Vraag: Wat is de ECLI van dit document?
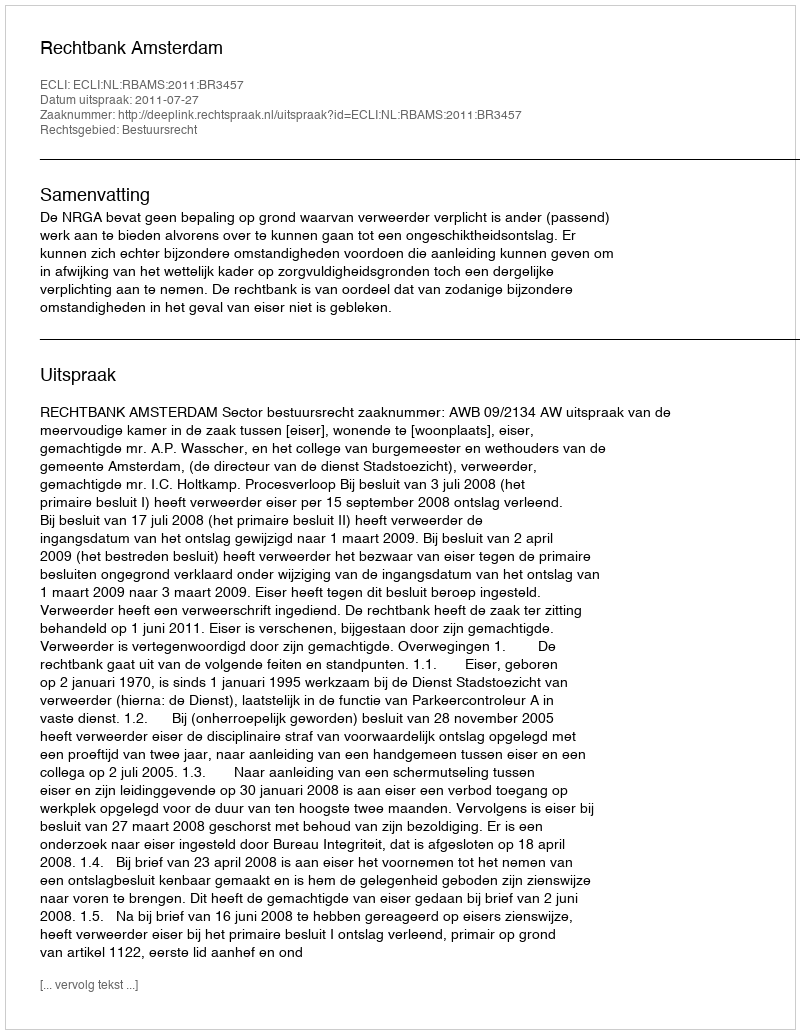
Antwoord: ECLI:NL:RBAMS:2011:BR3457